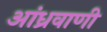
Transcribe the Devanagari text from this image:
आंध्रवाणी